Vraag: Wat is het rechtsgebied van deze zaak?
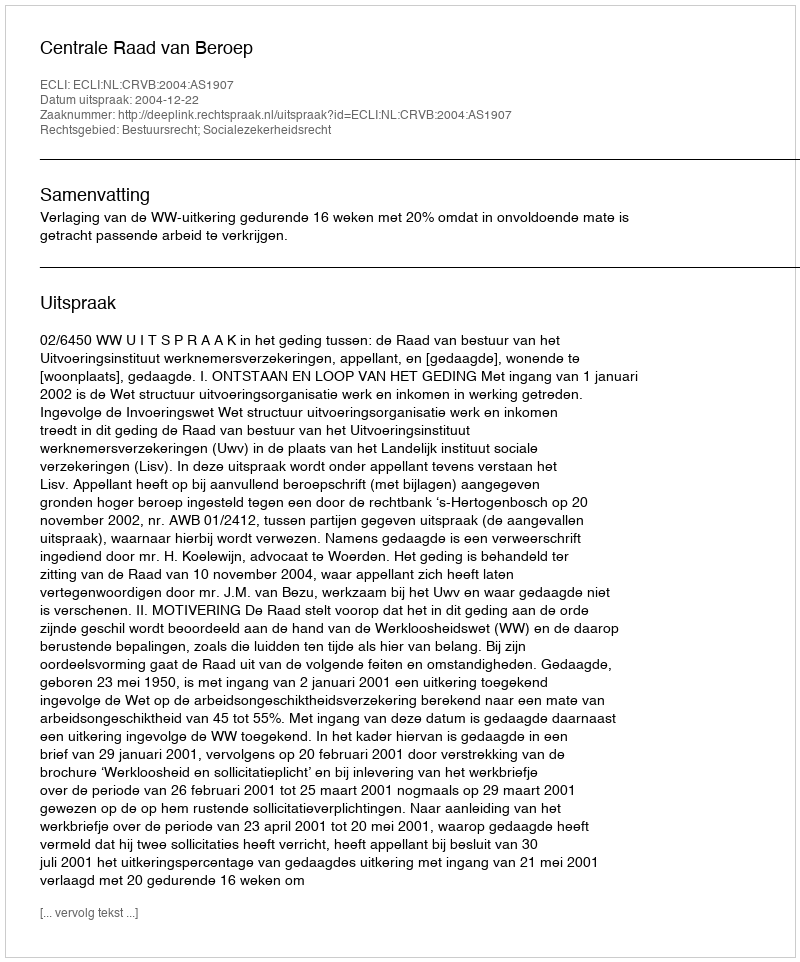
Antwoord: Bestuursrecht; Socialezekerheidsrecht